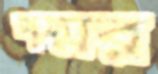
পদ্মর